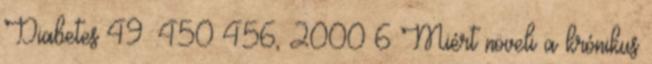
Diabetes 49 :450–456, 2000 6 Miért növeli a krónikus